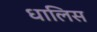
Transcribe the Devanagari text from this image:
धालिस